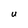
Character: U